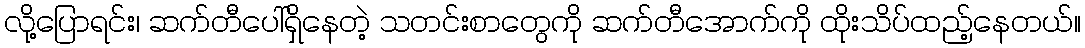
လို့ပြောရင်း၊ ဆက်တီပေါ်ရှိနေတဲ့ သတင်းစာတွေကို ဆက်တီအောက်ကို ထိုးသိပ်ထည့်နေတယ်။